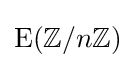
\mathrm {E} (\mathbb {Z} /n\mathbb {Z} )